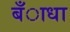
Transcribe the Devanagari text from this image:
बँाधा